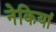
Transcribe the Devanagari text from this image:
नेकियां